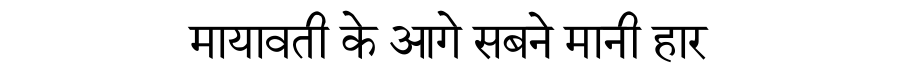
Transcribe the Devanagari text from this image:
मायावती के आगे सबने मानी हार